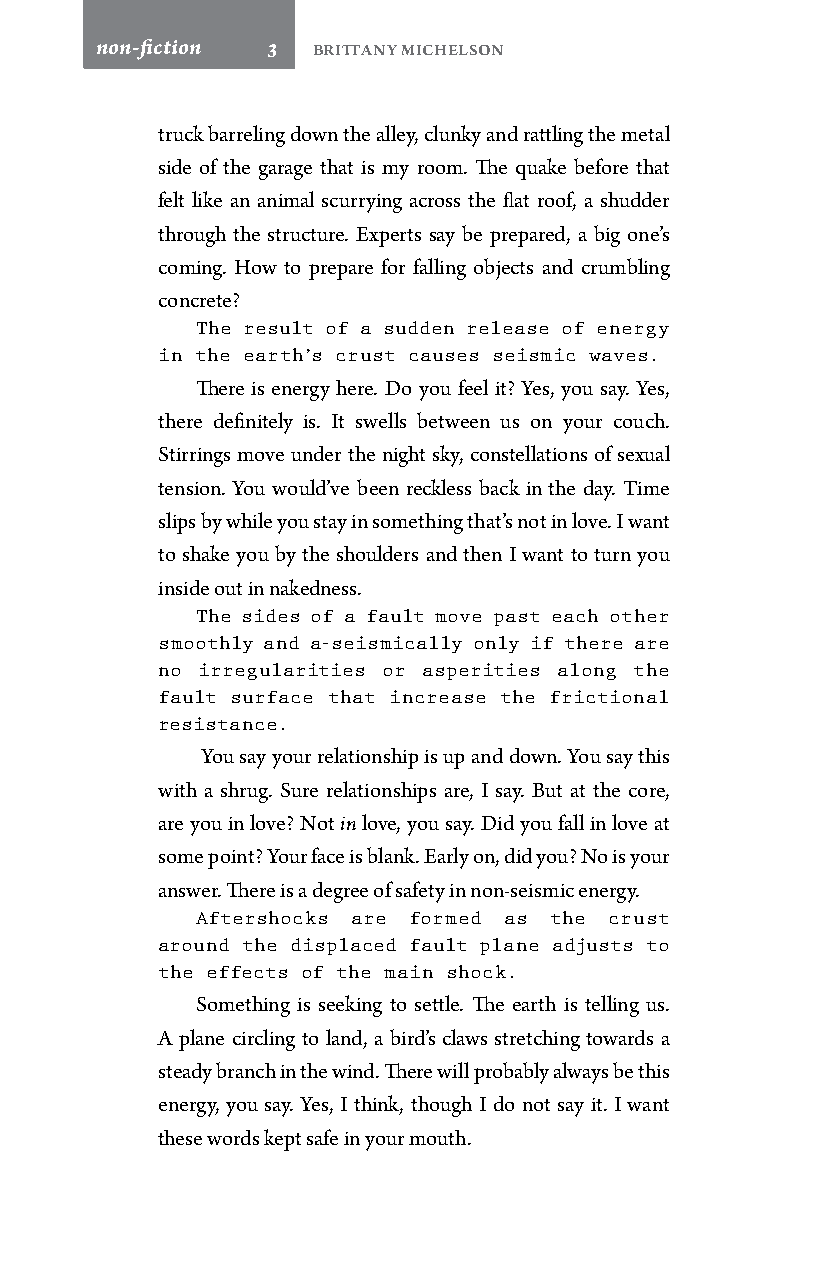
non-fiction 3  Brittany Michelson
 truck barreling down the alley, clunky and rattling the metal
 side of the garage that is my room. The quake before that
 felt like an animal scurrying across the flat roof, a shudder
 through the structure. Experts say be prepared, a big one’s
 coming. How to prepare for falling objects and crumbling
 concrete?
 The result of a sudden release of energy
 in the earth’s crust causes seismic waves.
 There is energy here. Do you feel it? Yes, you say. Yes,
 there definitely is. It swells between us on your couch.
 Stirrings move under the night sky, constellations of sexual
 tension. You would’ve been reckless back in the day. Time
 slips by while you stay in something that’s not in love. I want
 to shake you by the shoulders and then I want to turn you
 inside out in nakedness.
 The sides of a fault move past each other
 smoothly and a-seismically only if there are
 no irregularities or asperities along the
 fault surface that increase the frictional
 resistance.
 You say your relationship is up and down. You say this
 with a shrug. Sure relationships are, I say. But at the core,
 are you in love? Not in love, you say. Did you fall in love at
 some point? Your face is blank. Early on, did you? No is your
 answer. There is a degree of safety in non-seismic energy.
 Aftershocks are formed as the crust
 around the displaced fault plane adjusts to
 the effects of the main shock.
 Something is seeking to settle. The earth is telling us.
 A plane circling to land, a bird’s claws stretching towards a
 steady branch in the wind. There will probably always be this
 energy, you say. Yes, I think, though I do not say it. I want
 these words kept safe in your mouth.